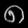
Digit: ၈